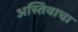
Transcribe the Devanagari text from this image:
अस्तिवाचा